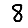
Digit: 8